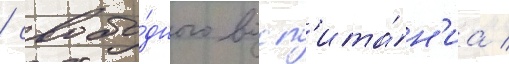
/ свобо́дного восп'ита́н'иа /